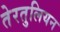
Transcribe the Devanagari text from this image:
तेरतुलियन